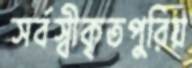
সর্বস্বীকৃতপুরিয়